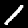
Label: 1